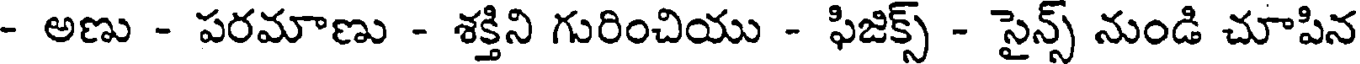
- అణు - పరమాణు - శక్తిని గురించియు - ఫిజిక్స్ - సైన్స్ నుండి చూపిన